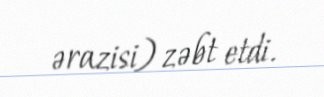
ərazisi) zəbt etdi.